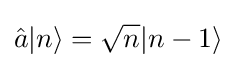
{\hat {a}}|n\rangle ={\sqrt {n}}|n-1\rangle